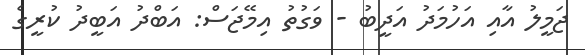
ޖަމީލު އާއި އަހުމަދު އަދީބު - ވަގުތު އިމޭޖަސް: އަބްދު އަބީދު ކުރީގެ